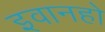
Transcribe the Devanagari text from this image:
इवानहो